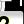
Digit: 2